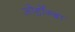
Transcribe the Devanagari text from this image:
ओर्होग्बा